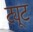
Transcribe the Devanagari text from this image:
ट्यूट